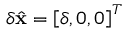
\delta \hat { \mathbf x } = \left[ \delta , 0 , 0 \right] ^ { T }